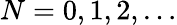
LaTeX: N=0,1,2,\ldots